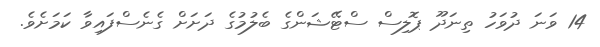
14 ވަނަ ދުވަހު ތިނަދޫ ޕޮލިސް ސްޓޭޝަންގެ ބެލުމުގެ ދަށަށް ގެނެސްފައިވާ ކަމަށެވެ.